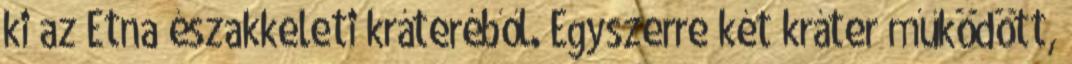
ki az Etna északkeleti kráteréből. Egyszerre két kráter működött,